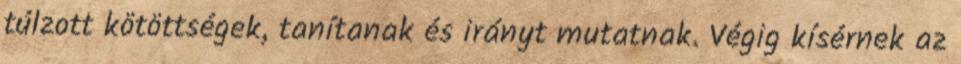
túlzott kötöttségek, tanítanak és irányt mutatnak. Végig kísérnek az